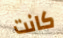
كانت